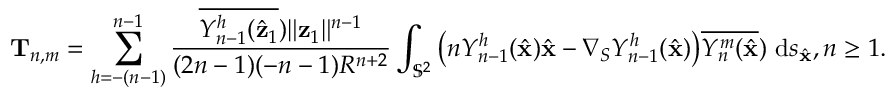
\mathbf T _ { n , m } = \sum _ { h = - ( n - 1 ) } ^ { n - 1 } \frac { \overline { { Y _ { n - 1 } ^ { h } ( \hat { \mathbf { z } } _ { 1 } } } ) \| \mathbf { z } _ { 1 } \| ^ { n - 1 } } { ( 2 n - 1 ) ( - n - 1 ) R ^ { n + 2 } } \int _ { \mathbb { S } ^ { 2 } } \big ( n Y _ { n - 1 } ^ { h } ( \hat { \mathbf { x } } ) \hat { \mathbf { x } } - \nabla _ { S } Y _ { n - 1 } ^ { h } ( \hat { \mathbf { x } } ) \big ) \overline { { Y _ { n } ^ { m } ( \hat { \mathbf { x } } } } ) ~ \mathrm { d } s _ { \hat { \mathbf { x } } } , n \geq 1 .